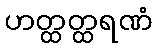
ဟတ္ထတ္ထရဏံ